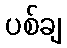
ပစ်ချ